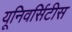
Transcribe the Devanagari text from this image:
यूनिवर्सिटीस